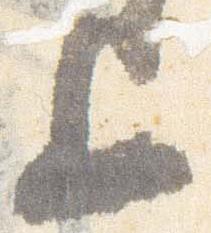
上